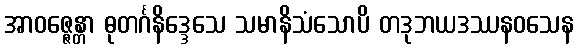
အာဝဇ္ဇေန္တာ ဓုတင်္ဂနိဒ္ဒေသေ သမာနိသံသောပိ တဒုဘယဒဿနဝသေန